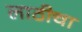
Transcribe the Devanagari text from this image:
लाठीचा